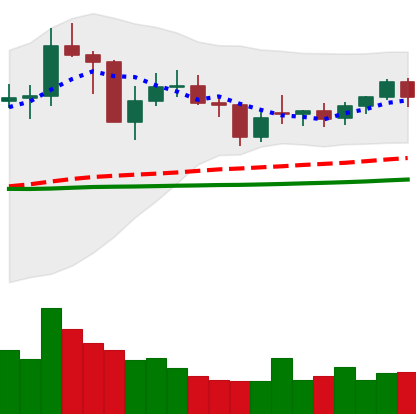
Ticker: NEO-USD
Chart end date: 2021-02-04
Forward return: 30.596%
Label: up_7plus